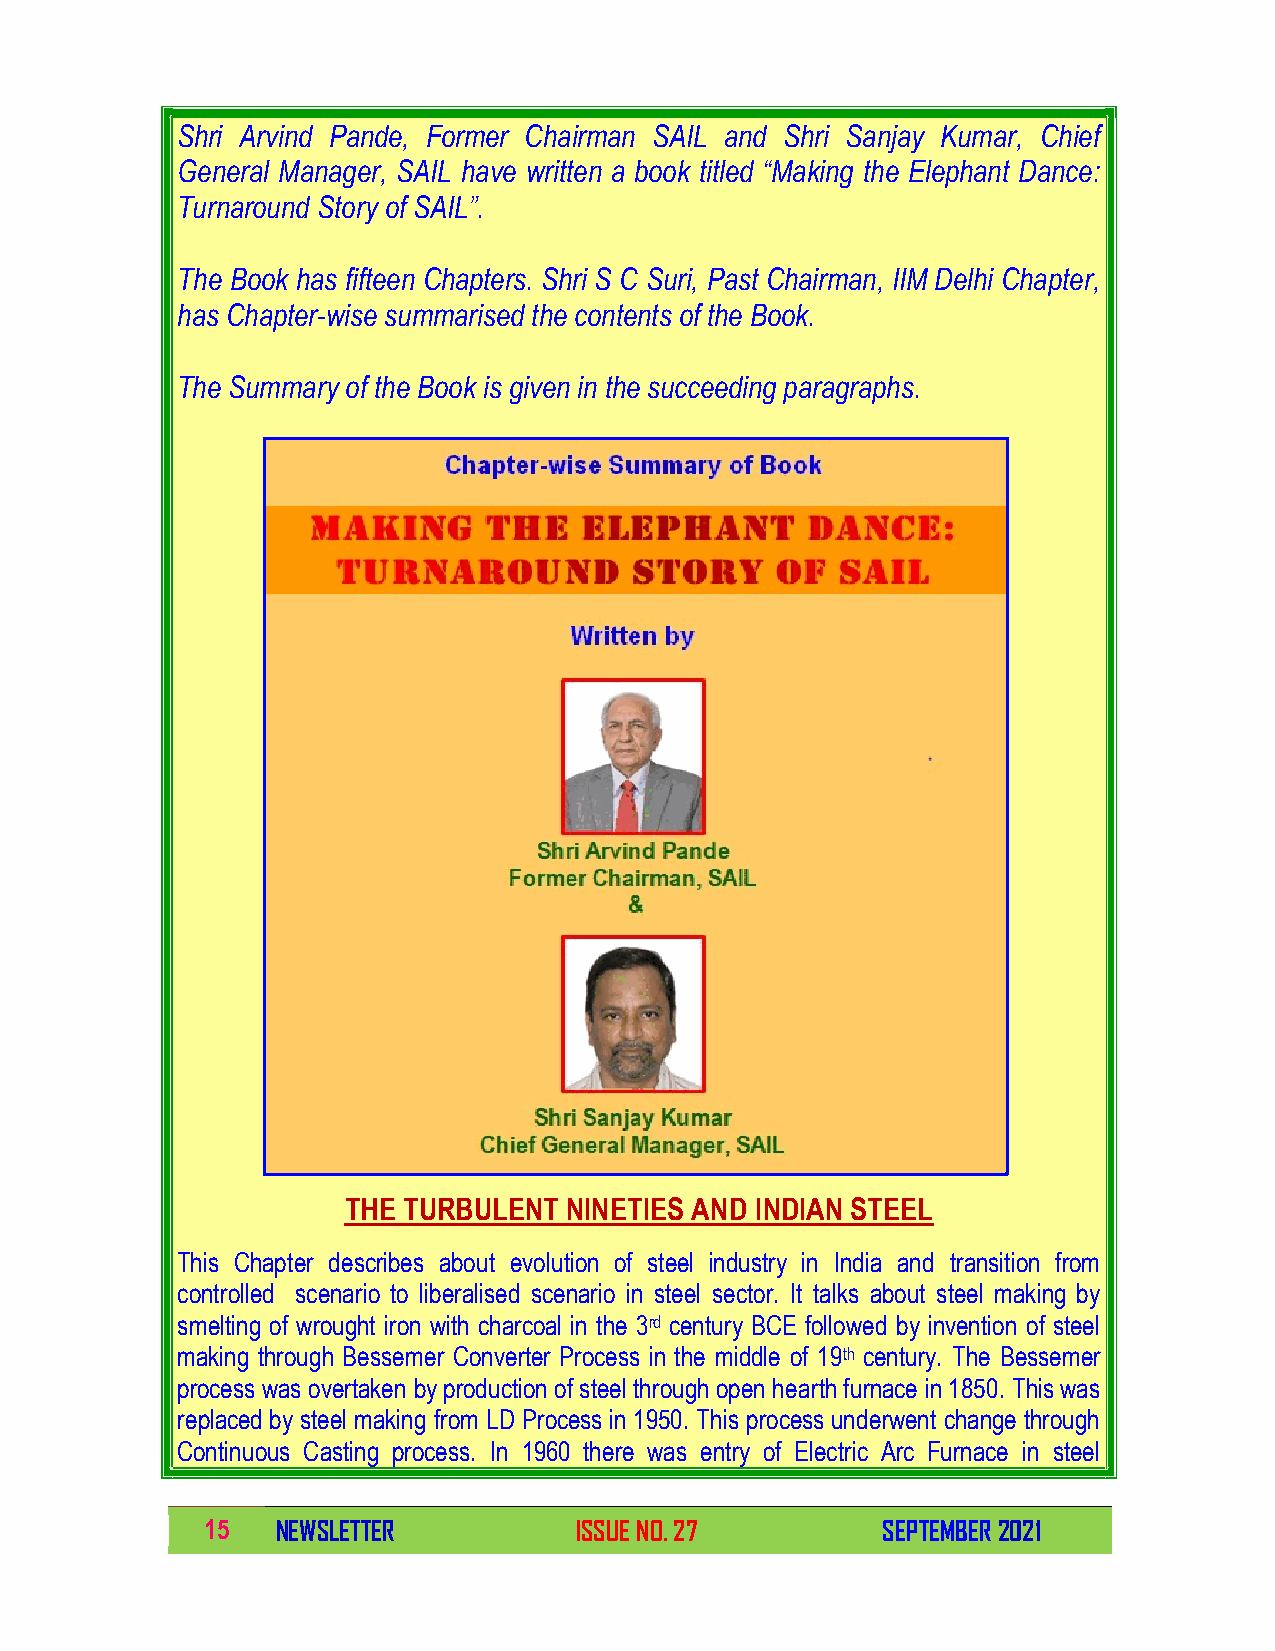
Shri Arvind Pande, Former Chairman SAIL and Shri Sanjay Kumar, Chief
 General Manager, SAIL have written a book titled “Making the Elephant Dance:
 Turnaround Story of SAIL”.
 The Book has fifteen Chapters. Shri S C Suri, Past Chairman, IIM Delhi Chapter,
 has Chapter-wise summarised the contents of the Book.
 The Summary of the Book is given in the succeeding paragraphs.
 THE TURBULENT  NINETIES AND INDIAN STEEL
 This Chapter describes about evolution of steel industry in India and transition from
 controlled scenario to liberalised scenario in steel sector. It talks about steel making by
 smelting of wrought iron with charcoal in the 3rd century BCE followed by invention of steel
 making through Bessemer Converter Process in the middle of 19th century. The Bessemer
 process was overtaken by production of steel through open hearth furnace in 1850. This was
 replaced by steel making from LD Process in 1950. This process underwent change through
 Continuous Casting process. In 1960 there was entry of Electric Arc Furnace in steel
 15  NEWSLETTER          ISSUE NO. 27        SEPTEMBER 2021